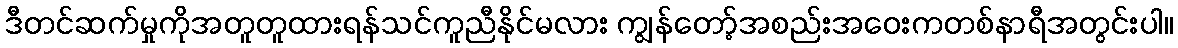
ဒီတင်ဆက်မှုကိုအတူတူထားရန်သင်ကူညီနိုင်မလား ကျွန်တော့်အစည်းအဝေးကတစ်နာရီအတွင်းပါ။